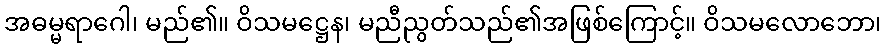
အဓမ္မရာဂေါ၊ မည်၏။ ဝိသမဋ္ဌေန၊ မညီညွတ်သည်၏အဖြစ်ကြောင့်။ ဝိသမလောဘော၊